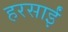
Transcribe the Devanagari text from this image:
हरसाईं